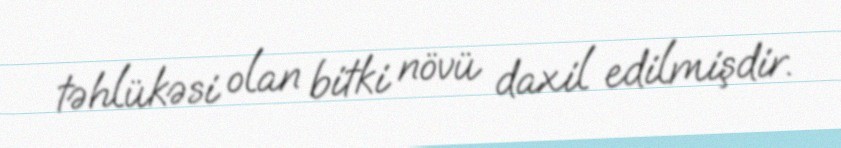
təhlükəsi olan bitki növü daxil edilmişdir.